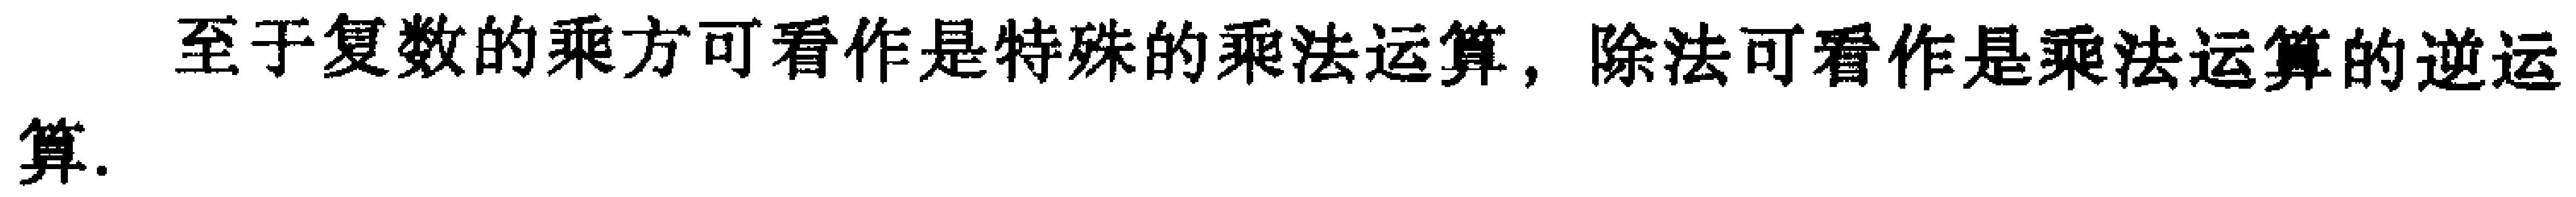
至于复数的乘方可看作是特殊的乘法运算，除法可看作是乘法运算的逆运算.